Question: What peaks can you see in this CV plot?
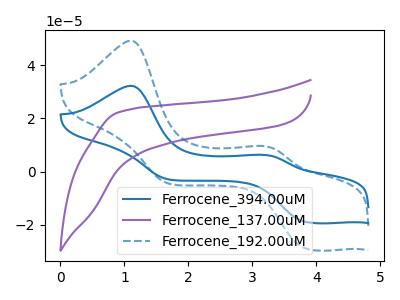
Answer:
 <answer>The blue curve "Ferrocene_394.00uM" has anodic peaks at (1.10V, 32.30uA) (3.20V, 6.25uA) and cathodic peaks at (3.85V, -19.00uA) (1.70V, -2.95uA). The purple curve "Ferrocene_137.00uM" has no peaks. The blue dashed curve "Ferrocene_192.00uM" has anodic peaks at (1.10V, 49.35uA) (3.20V, 9.60uA) and cathodic peaks at (3.85V, -29.00uA) (1.70V, -4.45uA).</answer>
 <eval></eval>